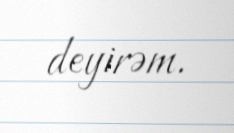
deyirəm.